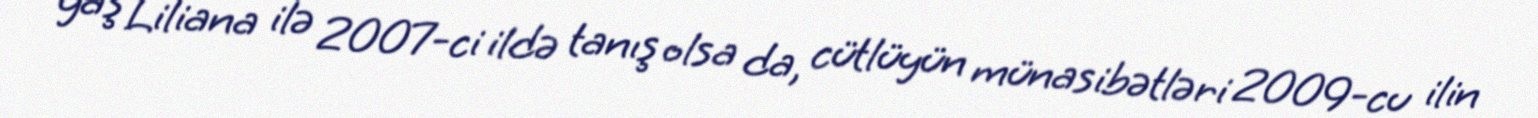
yaş Liliana ilə 2007-ci ildə tanış olsa da, cütlüyün münasibətləri 2009-cu ilin